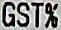
GST%